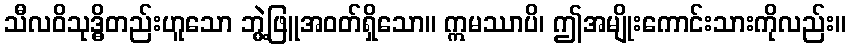
သီလဝိသုဒ္ဓိတည်းဟူသော ဘွဲ့ဖြူအဝတ်ရှိသော။ ဣမဿာပိ၊ ဤအမျိုးကောင်းသားကိုလည်း။